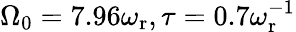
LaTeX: \Omega_{0}=7.96\omega_{\mathrm{r}},\tau=0.7\omega_{\mathrm{r}}^{-1}